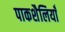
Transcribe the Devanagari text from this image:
पाकशैलियाँ